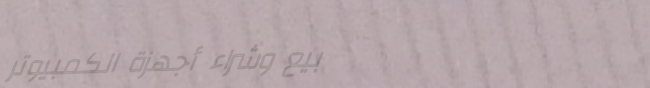
بيع وشراء أجهزة الكمبيوتر